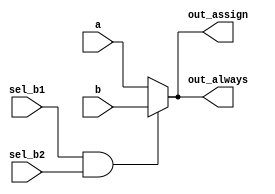
/*
Build a 2-to-1 mux that chooses between a and b. Choose b if both sel_b1 and sel_b2 are true. Otherwise, choose a. Do the same twice, once using assign statements and 
once using a procedural if statement.
*/
module top_module(
    input a,
    input b,
    input sel_b1,
    input sel_b2,
    output wire out_assign,
    output reg out_always   ); 
    assign out_assign = ((sel_b1==1)&&(sel_b2==1))?b:a;
    always@(*)
        begin
            if((sel_b1==1)&&(sel_b2==1))
                begin
                    out_always = b;
                end
            else
                begin
                    out_always = a;
                end        
        end
endmodule